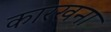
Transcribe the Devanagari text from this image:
कारखना